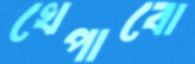
খেপাবো